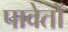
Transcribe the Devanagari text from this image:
पावेतों